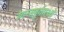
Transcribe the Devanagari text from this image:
रेगन्सबुर्गमध्ये